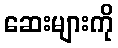
ဆေးများကို